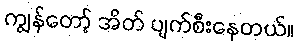
ကျွန်တော့် အိတ် ပျက်စီးနေတယ်။